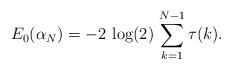
\begin{align*}E_{0}(\alpha_{N})=-2\,\log(2)\,\sum_{k=1}^{N-1}\tau(k).\end{align*}